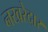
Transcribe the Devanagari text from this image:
नखरेदार